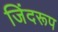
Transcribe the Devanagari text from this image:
जिंदरूप